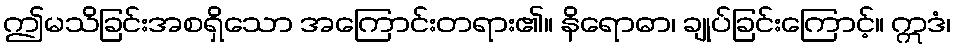
ဤမသိခြင်းအစရှိသော အကြောင်းတရား၏။ နိရောဓာ၊ ချုပ်ခြင်းကြောင့်။ ဣဒံ၊